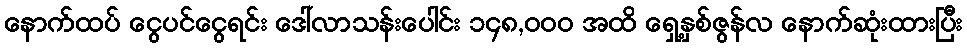
နောက်ထပ် ငွေပင်ငွေရင်း ဒေါ်လာသန်းပေါင်း ၁၄၈,၀၀၀ အထိ ရှေ့နှစ်ဇွန်လ နောက်ဆုံးထားပြီး